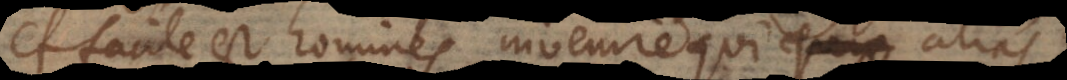
et facile est homines invenire qui alias